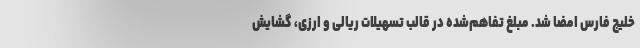
خلیج فارس امضا شد. مبلغ تفاهم‌شده در قالب تسهیلات ریالی و ارزی، گشایش